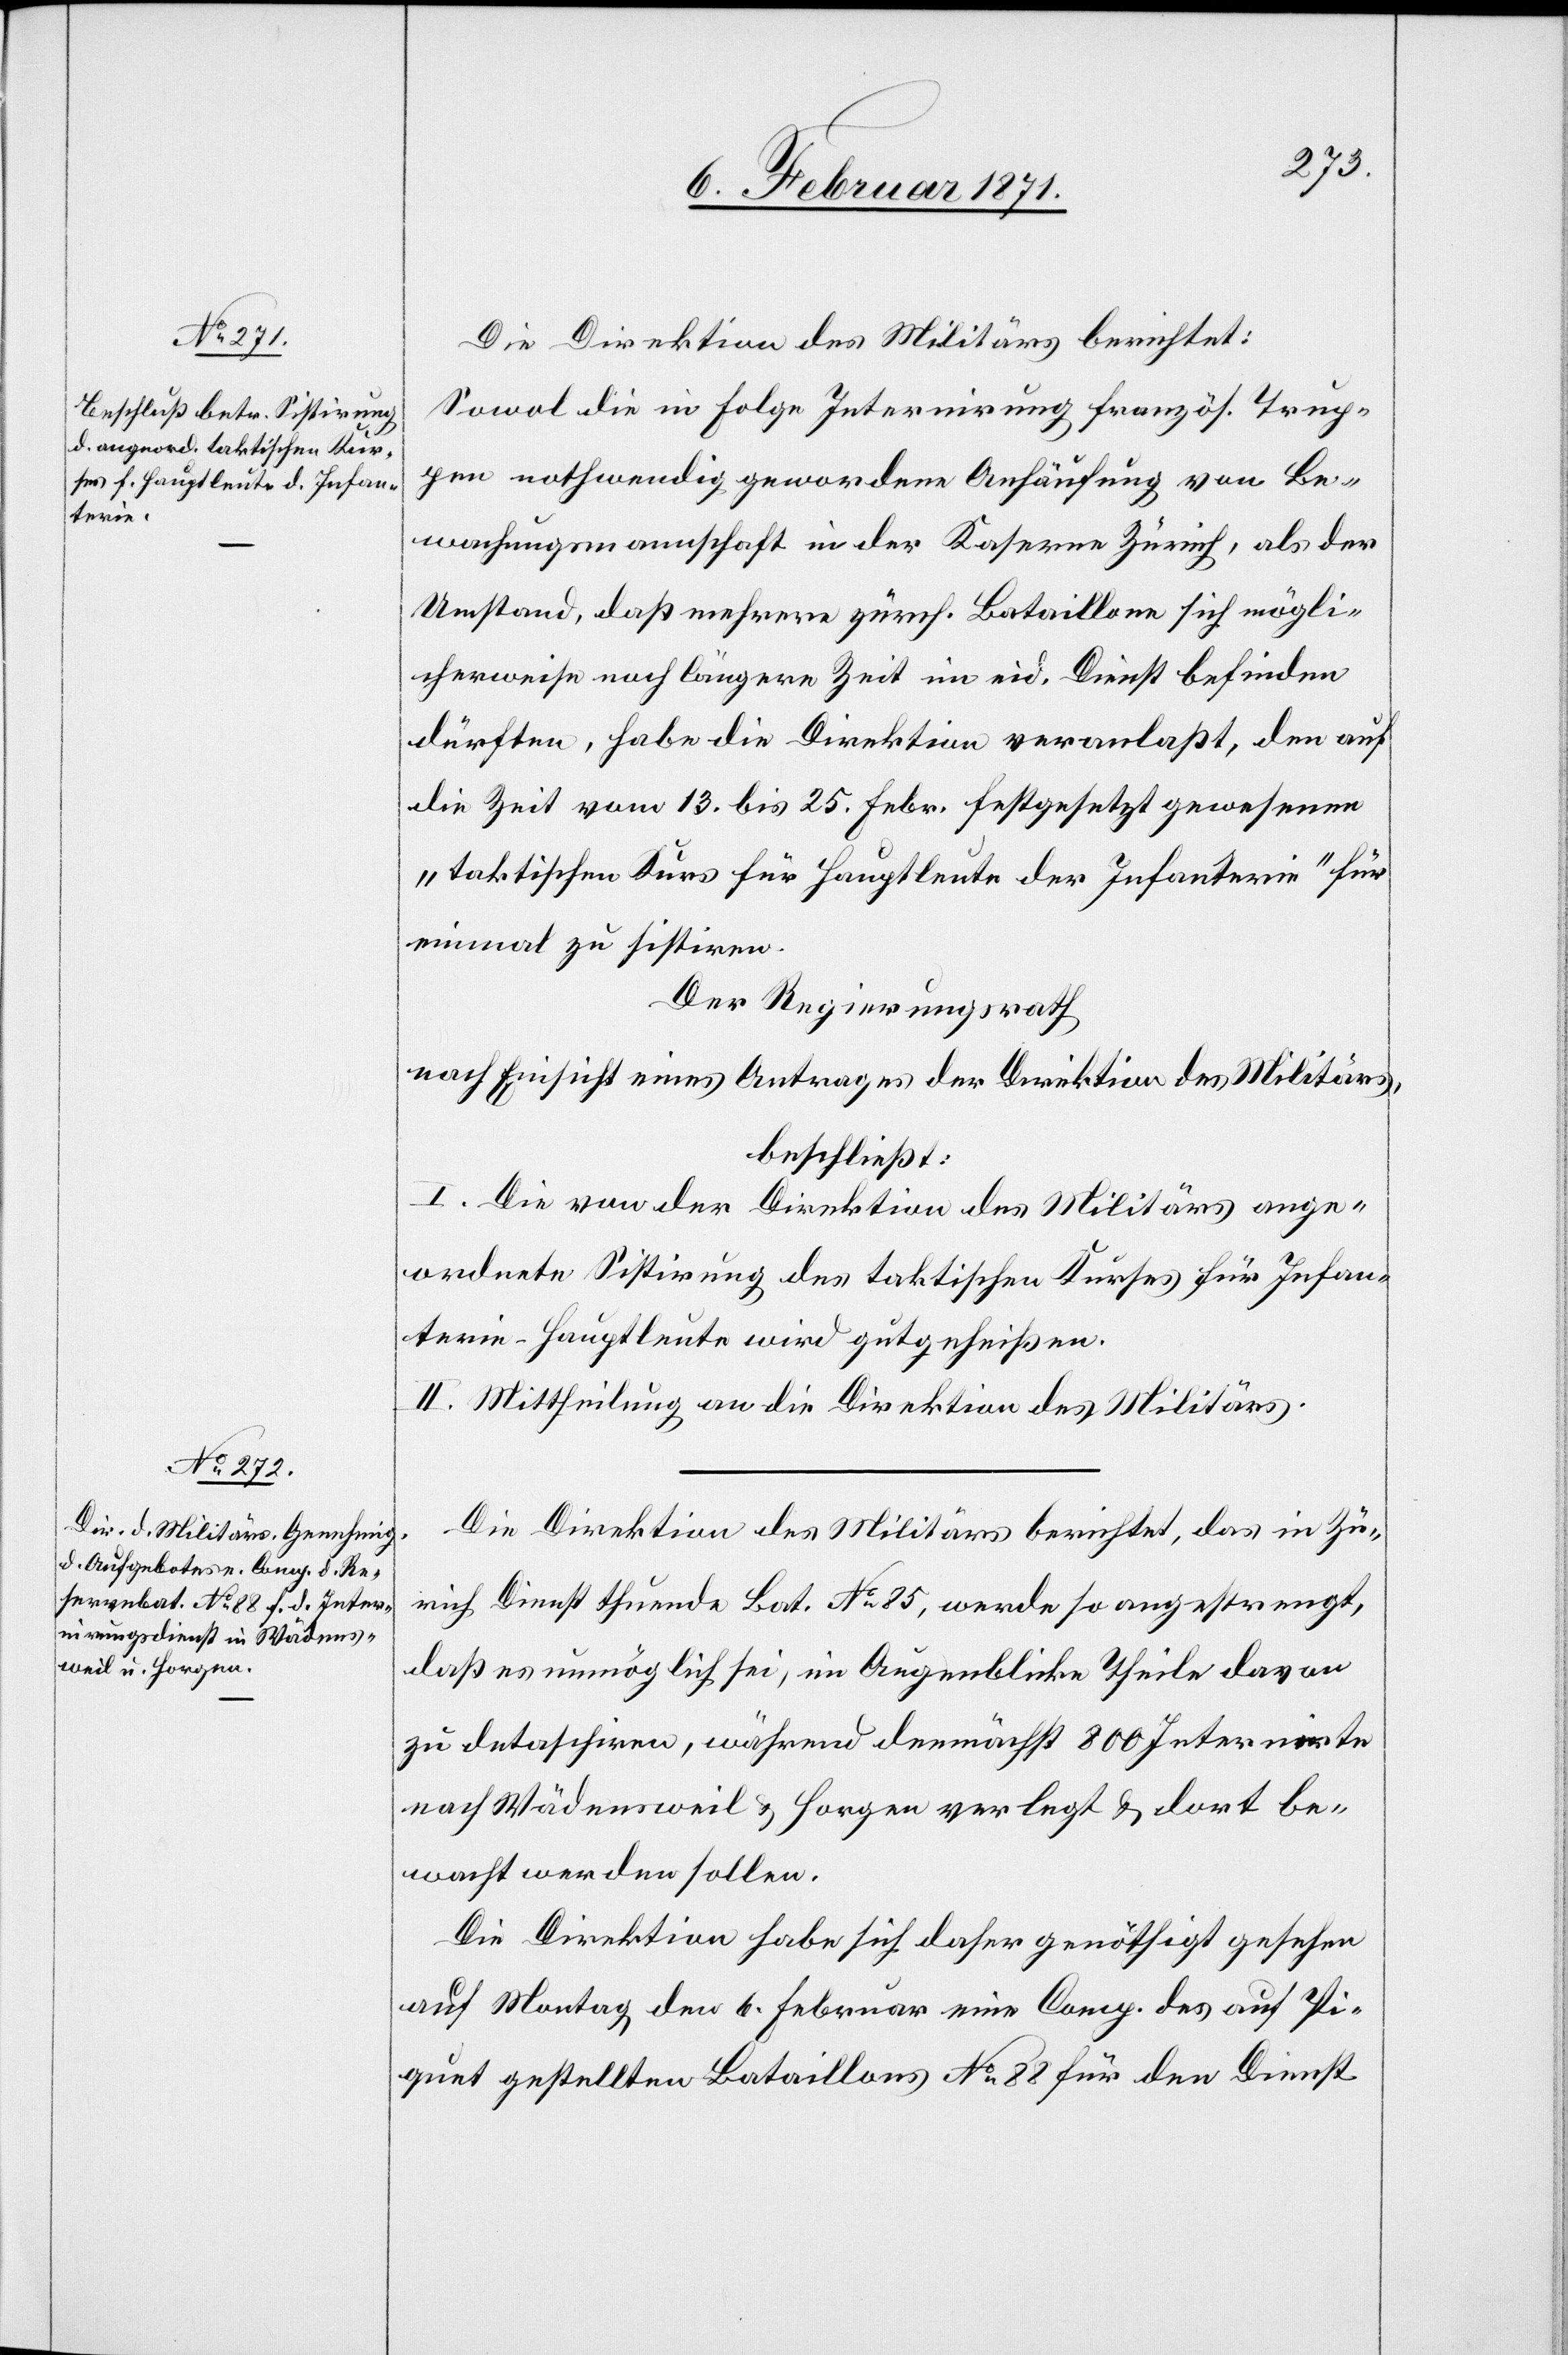
7. Februar 1871.]
Die Direktion des Militärs berichtet:
Sowol die in Folge Internirung französ. Trup¬
pen nothwendig gewordene Anhäufung von Be¬
wachungsmannschaft in der Kaserne Zürich, als der
Umstand, daß mehrere zürch. Bataillone sich mögli¬
cherweise noch längere Zeit in eid. Dienste befinden
dürften, habe die Direktion veranlaßt, den auf
die Zeit vom 13. bis 25. Febr. festgesetzt gewesenen
„taktischen Kurs für Hauptleute der Infanterie“ für
einmal zu sistiren.
Der Regierungsrath
nach Einsicht eines Antrages der Direktion des Militärs,
beschließt:
I. Die von der Direktion des Militärs ange¬
ordnete Sistirung des taktischen Kurses für Infan¬
terie-Hauptleute wird gutgeheißen.
II. Mittheilung an die Direktion des Militärs.
Die Direktion des Militärs berichtet, das in Zü¬
rich Dienst thuende Bat. No. 85, werde so angestrengt,
daß es unmöglich sei, im Augenblicke Theile davon
zu detaschiren, während demnächst 800 Internirte
nach Wädensweil u. Horgen verlegt u. dort be¬
wacht werden sollen.
Die Direktion habe sich daher genöthigt gesehen
auf Montag den 6. Februar eine Comp. des auf Pi¬
quet gestellten Bataillons No. 88 für den Dienst